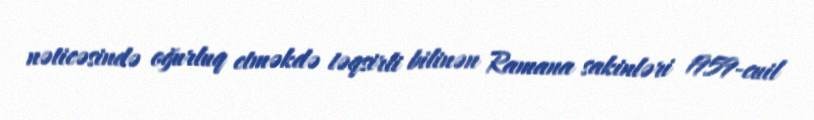
nəticəsində oğurluq etməkdə təqsirli bilinən Ramana sakinləri 1959-cuil